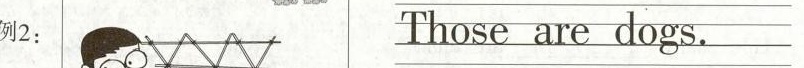
例2：\underline{Those are dogs}.